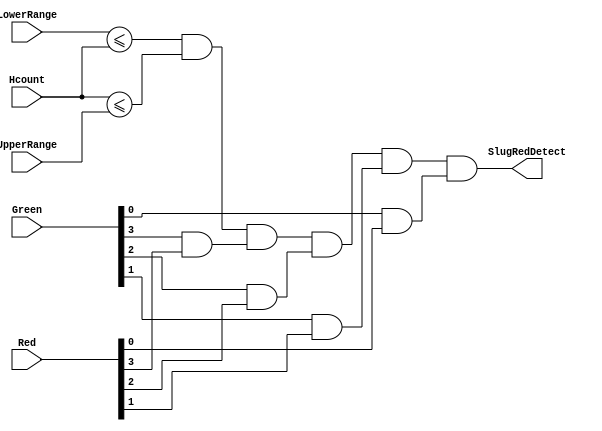
`timescale 1ns / 1ps
//////////////////////////////////////////////////////////////////////////////////
// Company: 
// Engineer: 
// 
// Design Name: 
// Module Name: SlugRedDetect
// Project Name: 
// Target Devices: 
// Tool Versions: 
// Description: 
// 
// Dependencies: 
// 
// Revision:
// Revision 0.01 - File Created
// Additional Comments:
// 
//////////////////////////////////////////////////////////////////////////////////


module SlugRedDetect(
    input [3:0] Red,
    input [9:0] LowerRange,
    input [9:0] UpperRange,
    input [9:0] Hcount,
    input [3:0] Green,
    output SlugRedDetect
    );
    
    assign SlugRedDetect = (LowerRange <= Hcount) & (Hcount <= UpperRange) & (Green[3] & Red[3]) & (Green[2] & Red[2]) & (Green[1] & Red[1]) & (Green[0] & Red[0]);
    
endmodule